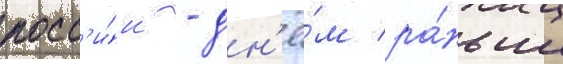
росс'и́и - дн'ё́м ра́ньше